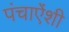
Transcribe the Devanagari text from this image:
पंचाऐंशी